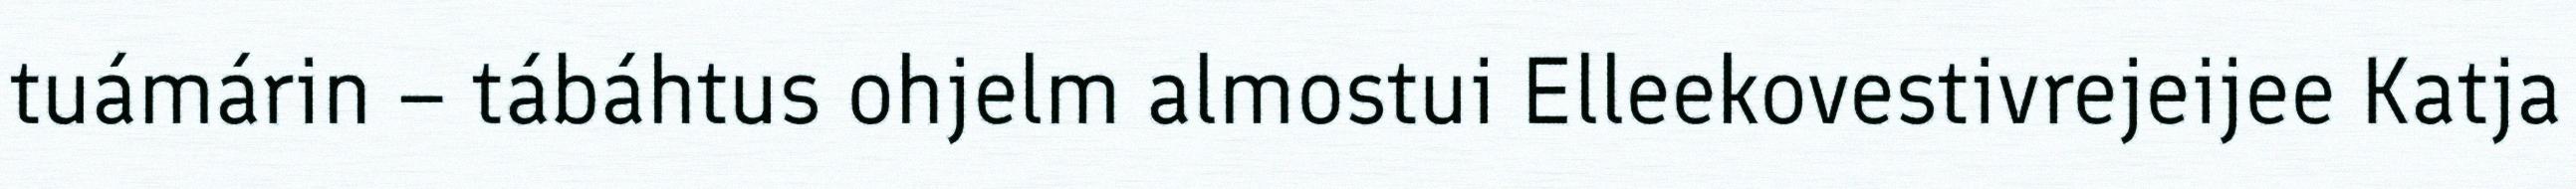
tuámárin – tábáhtus ohjelm almostui Elleekovestivrejeijee Katja